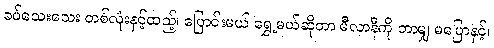
ခပ်သေးသေး တစ်လုံးနှင့်ထည့်၊ ပြောင်းမယ် ရွှေ့မယ်ဆိုတာ မီလာနီကို ဘာမျှ မပြောနှင့်၊